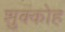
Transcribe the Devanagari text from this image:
शुक्कोह